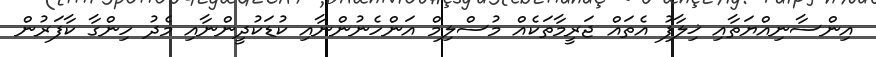
އިންސާނިއްޔަތާއި ޚިލާފު އެތައް ޖަރީމާތަކެއް މުސްލިމް އަންހެނުންނާއި ކުޑަކުދީންނާއި މެދު ހިންގާ ކާފަރުން